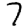
Digit: 7